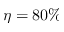
\eta = 8 0 \%